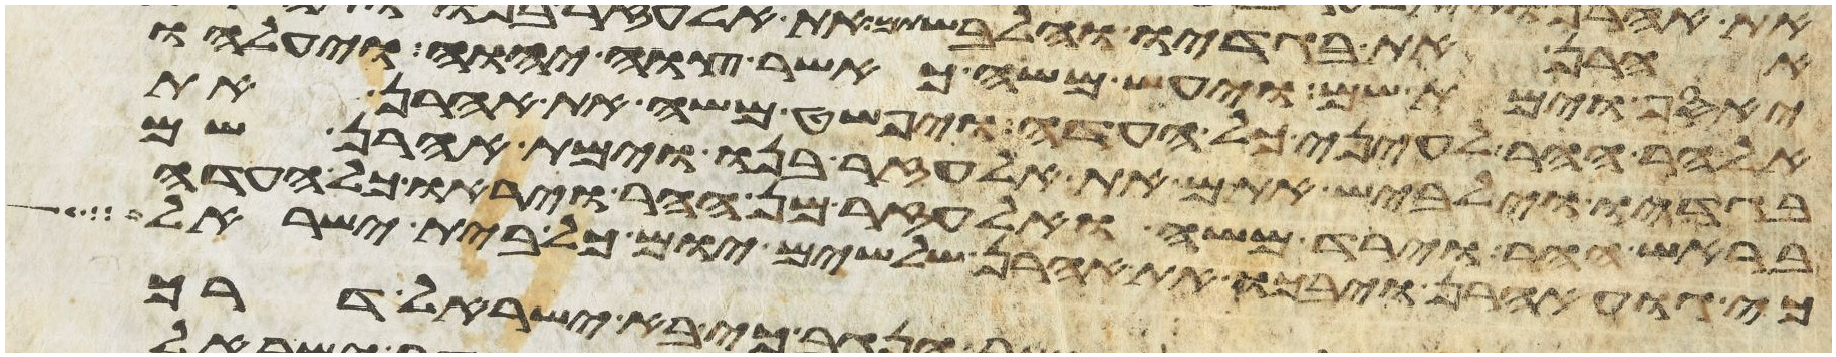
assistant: יאסף וימת שם ויעש משה כאשר צוה יהוה ויעלהו
אל הר ההר לעיני כל העדה ויפשט משה את אהרן את
בגדיו וילבש אתם את אלעזר בנו וימת אהרן שם
בראש ההר וירד משה ואלעזר מן ההר ויראו כל העדה
כי גוע אהרן ויבכו את אהרן שלשים יום כל בית ישראל